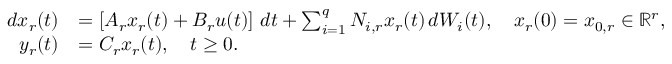
\begin{array} { r l } { d x _ { r } ( t ) } & { = \left[ A _ { r } x _ { r } ( t ) + { B _ { r } } u ( t ) \right] \, d t + \sum _ { i = 1 } ^ { q } { N } _ { i , r } x _ { r } ( t ) \, d W _ { i } ( t ) , \quad x _ { r } ( 0 ) = x _ { 0 , r } \in \mathbb R ^ { r } , } \\ { y _ { r } ( t ) } & { = C _ { r } x _ { r } ( t ) , \quad t \geq 0 . } \end{array}